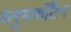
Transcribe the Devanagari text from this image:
ब्लूमफॉँटेन